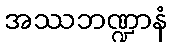
အဿဘဏ္ဍာနံ